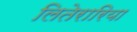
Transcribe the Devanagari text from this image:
लितेरारिया